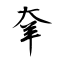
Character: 羍